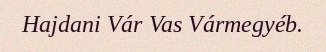
Hajdani Vár Vas Vármegyéb.